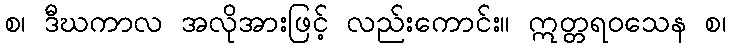
စ၊ ဒီဃကာလ အလိုအားဖြင့် လည်းကောင်း။ ဣတ္တရဝသေန စ၊